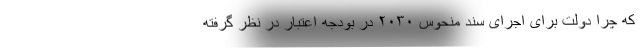
که چرا دولت برای اجرای سند منحوس ۲۰۳۰ در بودجه اعتبار در نظر گرفته